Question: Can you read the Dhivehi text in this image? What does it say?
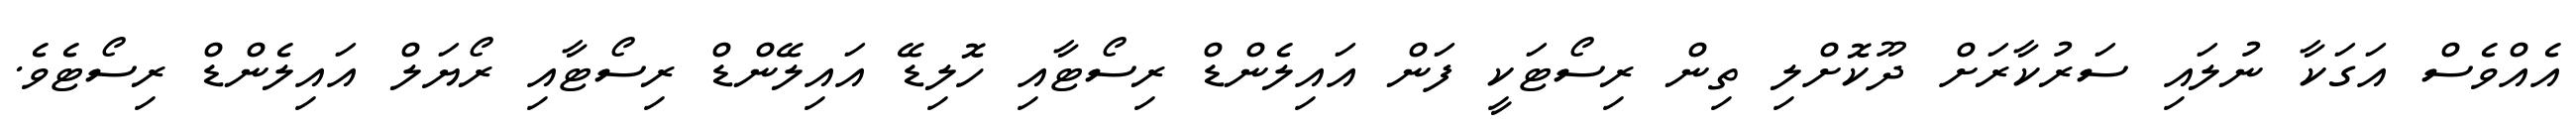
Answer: އެއްވެސް އަގަކާ ނުލައި ސަރުކާރަށް ދޫކޮށްލި ތިން ރިސޯޓަކީ ފަން އައިލެންޑް ރިސޯޓާއި ހޮލިޑޭ އައިލޭންޑް ރިސޯޓާއި ރޯޔަލް އައިލެންޑް ރިސޯޓެވެ.